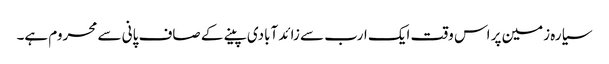
سیارہ زمین پر اس وقت ایک ارب سے زائد آبادی پینے کے صاف پانی سے محروم ہے۔